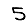
Digit: 5